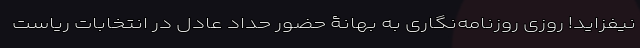
نیفزاید! روزی روزنامه‌نگاری به بهانۀ حضور حداد عادل در انتخابات ریاست